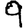
Digit: 9